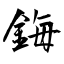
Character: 鋂